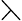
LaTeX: \leftthreetimes